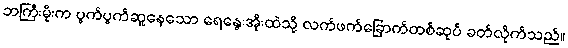
ဘကြီးမိုးက ပွက်ပွက်ဆူနေသော ရေနွေးအိုးထဲသို့ လက်ဖက်ခြောက်တစ်ဆုပ် ခတ်လိုက်သည်။